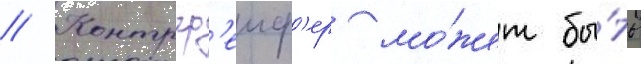
// Контргр'еиф'ер мо́жет бы́ть